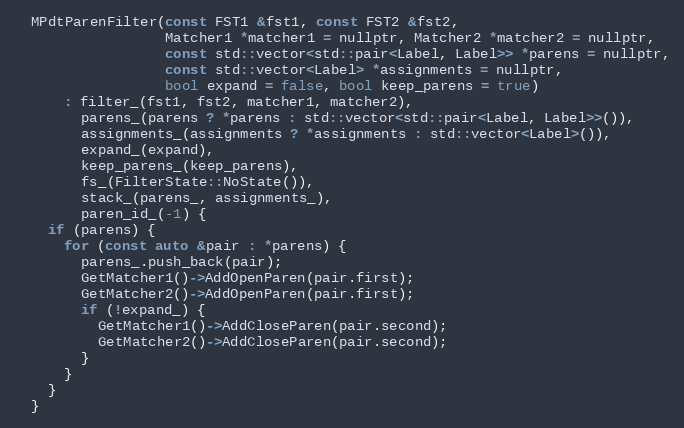
Language: C
  MPdtParenFilter(const FST1 &fst1, const FST2 &fst2,
                  Matcher1 *matcher1 = nullptr, Matcher2 *matcher2 = nullptr,
                  const std::vector<std::pair<Label, Label>> *parens = nullptr,
                  const std::vector<Label> *assignments = nullptr,
                  bool expand = false, bool keep_parens = true)
      : filter_(fst1, fst2, matcher1, matcher2),
        parens_(parens ? *parens : std::vector<std::pair<Label, Label>>()),
        assignments_(assignments ? *assignments : std::vector<Label>()),
        expand_(expand),
        keep_parens_(keep_parens),
        fs_(FilterState::NoState()),
        stack_(parens_, assignments_),
        paren_id_(-1) {
    if (parens) {
      for (const auto &pair : *parens) {
        parens_.push_back(pair);
        GetMatcher1()->AddOpenParen(pair.first);
        GetMatcher2()->AddOpenParen(pair.first);
        if (!expand_) {
          GetMatcher1()->AddCloseParen(pair.second);
          GetMatcher2()->AddCloseParen(pair.second);
        }
      }
    }
  }